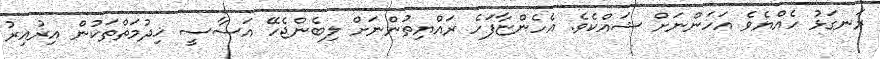
ރަނގަޅު ހެއްޔެވެ އަހަންނަށް ޝައްކެވެ. އެހެންޏާފަހެ ރައްޔިތުންނަށް ލިބެންޖެހޭ އަސާސީ ޚިދުމަތްތަކުން އިރުއިރު